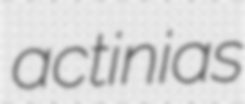
actinias